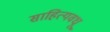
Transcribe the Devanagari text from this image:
साहित्यवधू